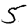
Digit: 5